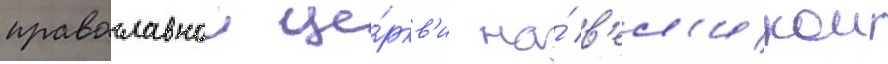
православнои це́ркв'и на́ в'ел'икои